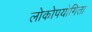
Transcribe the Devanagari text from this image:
लोकोपयोगिता